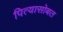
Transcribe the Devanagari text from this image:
पित्यासोबत